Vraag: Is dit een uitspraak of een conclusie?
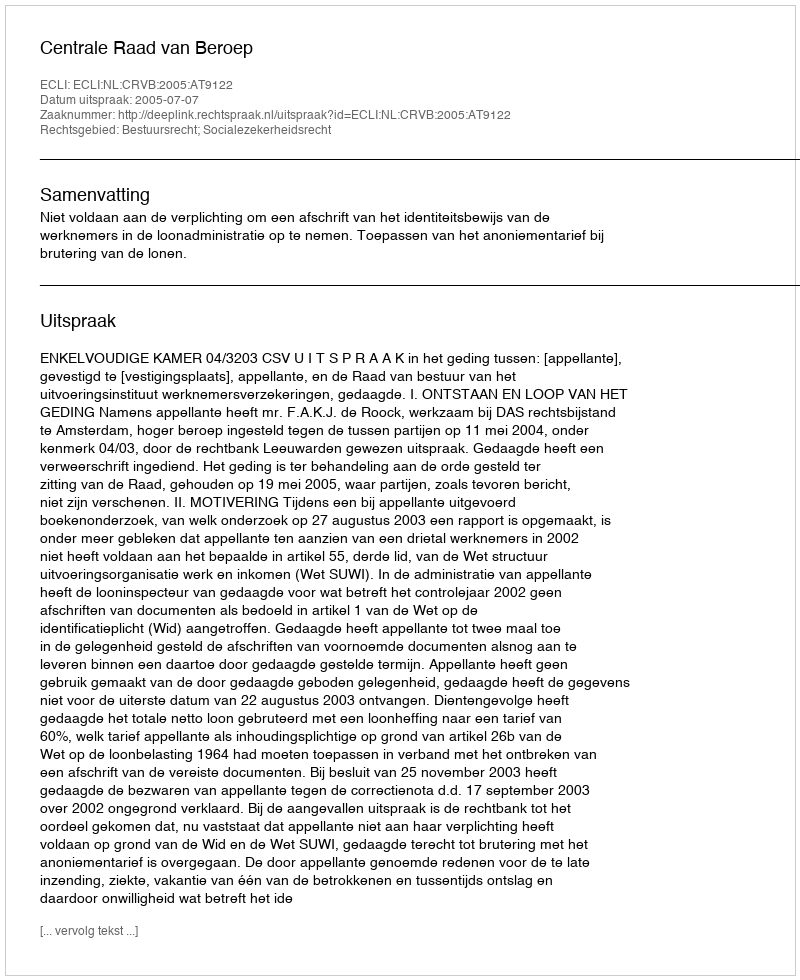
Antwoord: Uitspraak